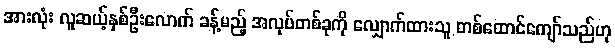
အားလုံး လူဆယ့်နှစ်ဦးလောက် ခန့်မည့် အလုပ်တစ်ခုကို လျှောက်ထားသူ တစ်ထောင်ကျော်သည်ဟု